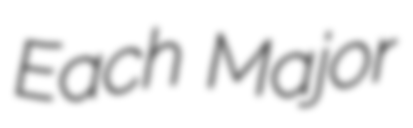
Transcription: Each Major